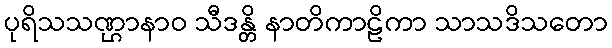
ပုရိသသဏ္ဌာနာဝ သီဒန္တိ နာတိကာဠိကာ သာသဒိသတော